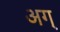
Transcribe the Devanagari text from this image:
अग्